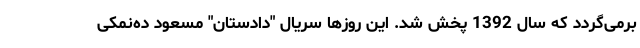
برمی‌گردد که سال 1392 پخش شد. این روزها سریال "دادِستان" مسعود ده‌نمکی